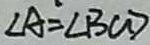
\angle A = \angle B C D